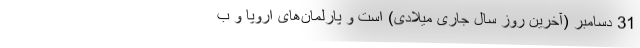
31 دسامبر (آخرین روز سال جاری میلادی) است و پارلمان‌های اروپا و ب